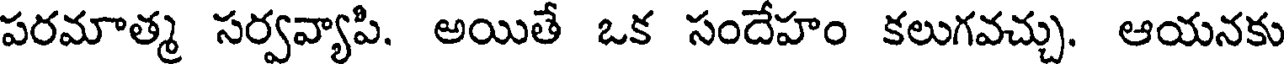
పరమాత్మ సర్వవ్యాపి. అయితే ఒక సందేహం కలుగవచ్చు. ఆయనకు